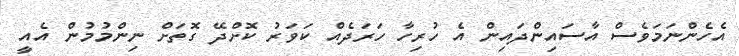
އެހެންނަމަވެސް އާސައިންދައިން އެ ހުރިހާ ހަރަދެއް ކަވަރު ކޮށްދޭ ގޮތަށް ނިންމުމުން އެއީ